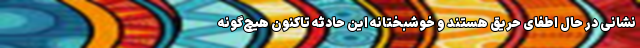
نشانی در حال اطفای حریق هستند و خوشبختانه این حادثه تاکنون هیچ‌گونه